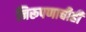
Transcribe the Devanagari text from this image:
निरूपणाचीही